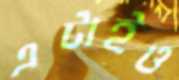
এটাইও